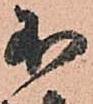
不